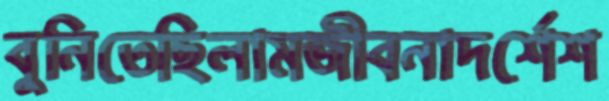
বুনিতেছিলামজীবনাদর্শেশ